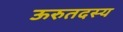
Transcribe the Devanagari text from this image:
ऊरुतदस्य